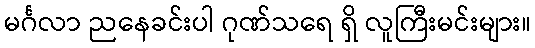
မင်္ဂလာ ညနေခင်းပါ ဂုဏ်သရေ ရှိ လူကြီးမင်းများ။